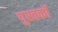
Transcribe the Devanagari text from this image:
पुस्तकॉ